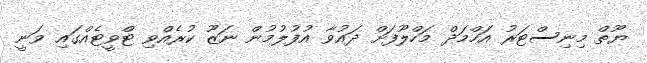
ޔޫތް މިނިސްޓަރު އަހްމަދް މަހްލޫފަށް ދައުވާ އުފުލުމުން ނަޒޫ ކުރެއްވި ޓްވީޓެއްގައި ވަނީ